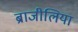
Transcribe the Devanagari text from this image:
ब्राजीलिया